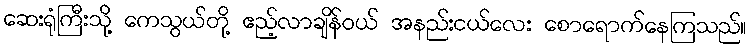
ဆေးရုံကြီးသို့ ကေသွယ်တို့ ဧည့်လာချိန်ဝယ် အနည်းငယ်လေး စောရောက်နေကြသည်။